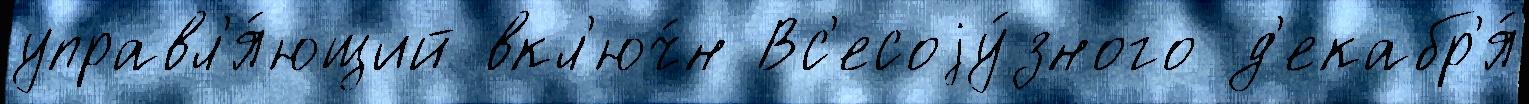
управл'я́ющий вкл'юч́н Вс'есоjу́зного д'екабр'я́